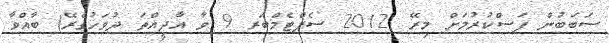
ސަބަބުން ފަސްކުރުމަށް މިރޭ (2012 ސެޕްޓެމްބަރ 9 ވާ އާދީއްތަ ދުވަހުގެރޭ) ބާއްވާ